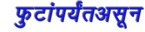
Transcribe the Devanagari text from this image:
फुटांपर्यंतअसून